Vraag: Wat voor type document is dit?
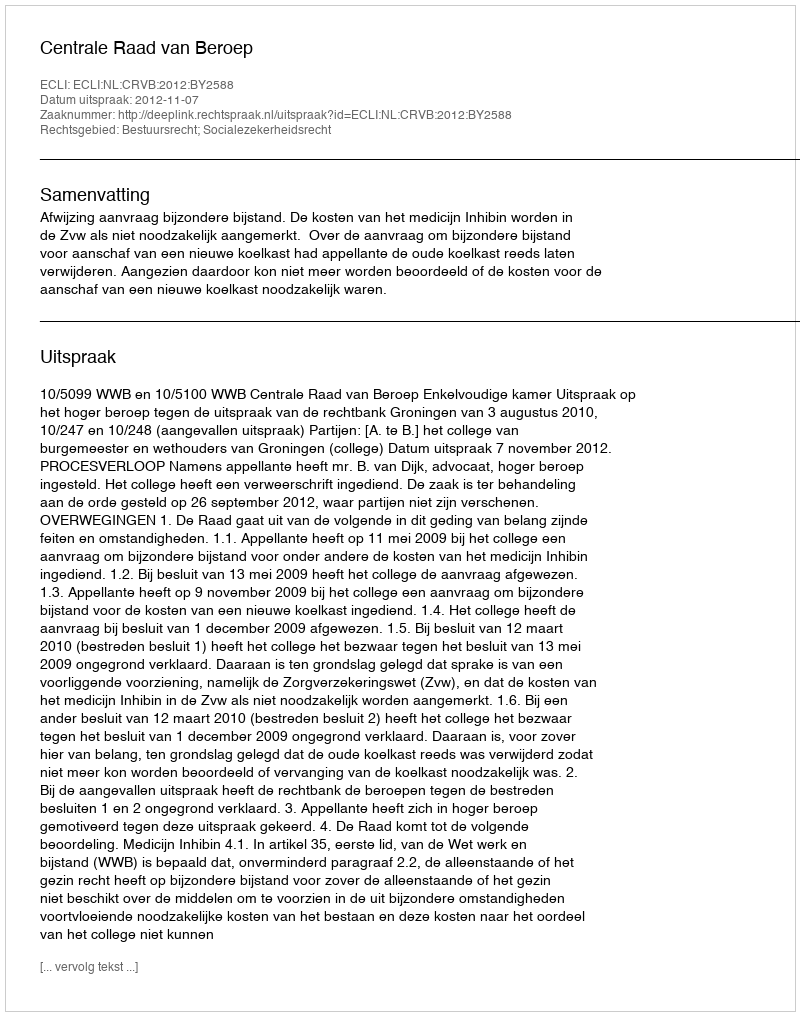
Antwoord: Uitspraak